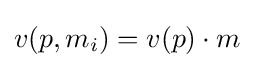
v(p,m_{i})=v(p)\cdot m